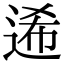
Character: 𨓇